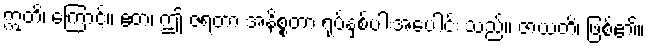
ဣတိ၊ ကြောင့်။ ဧတံ၊ ဤ ဇရတာ အနိစ္စတာ ရုပ်နှစ်ပါးအပေါင်း သည်။ ဇာယတိ၊ ဖြစ်၏။